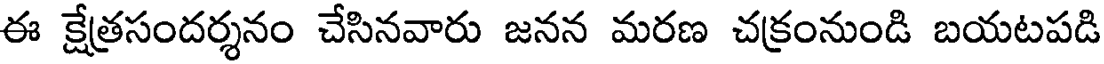
ఈ క్షేతసందర్శనం చేసినవారు జనన మరణ చక్రంనుండి బయటపడి